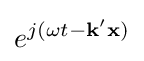
e^{j(\omega t-\mathbf {k} '\mathbf {x} )}